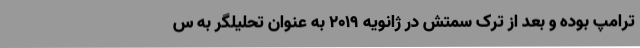
ترامپ بوده و بعد از ترک سمتش در ژانویه 2019 به عنوان تحلیلگر به س